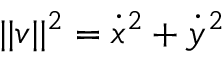
| | \boldsymbol v | | ^ { 2 } = \dot { x } ^ { 2 } + \dot { y } ^ { 2 }